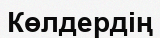
Көлдердің